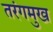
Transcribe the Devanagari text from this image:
तरंगमुख